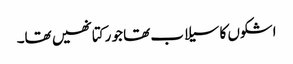
اشکوں کا سیلاب تھا جو رکتا نھیں تھا۔